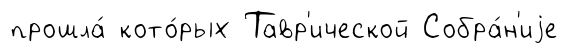
прошла́ кото́рых Тавр'ической Собра́н'иjе